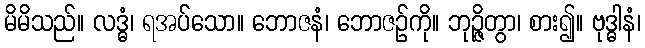
မိမိသည်။ လဒ္ဓံ၊ ရအပ်သော။ ဘောဇနံ၊ ဘောဇဉ်ကို။ ဘုဉ္ဇိတွာ၊ စား၍။ ဗုဒ္ဓါနံ၊